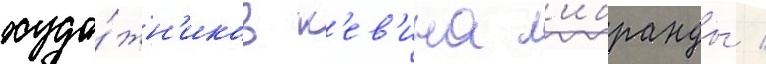
худо́жн'иков к'ев'ина л'ибранды /